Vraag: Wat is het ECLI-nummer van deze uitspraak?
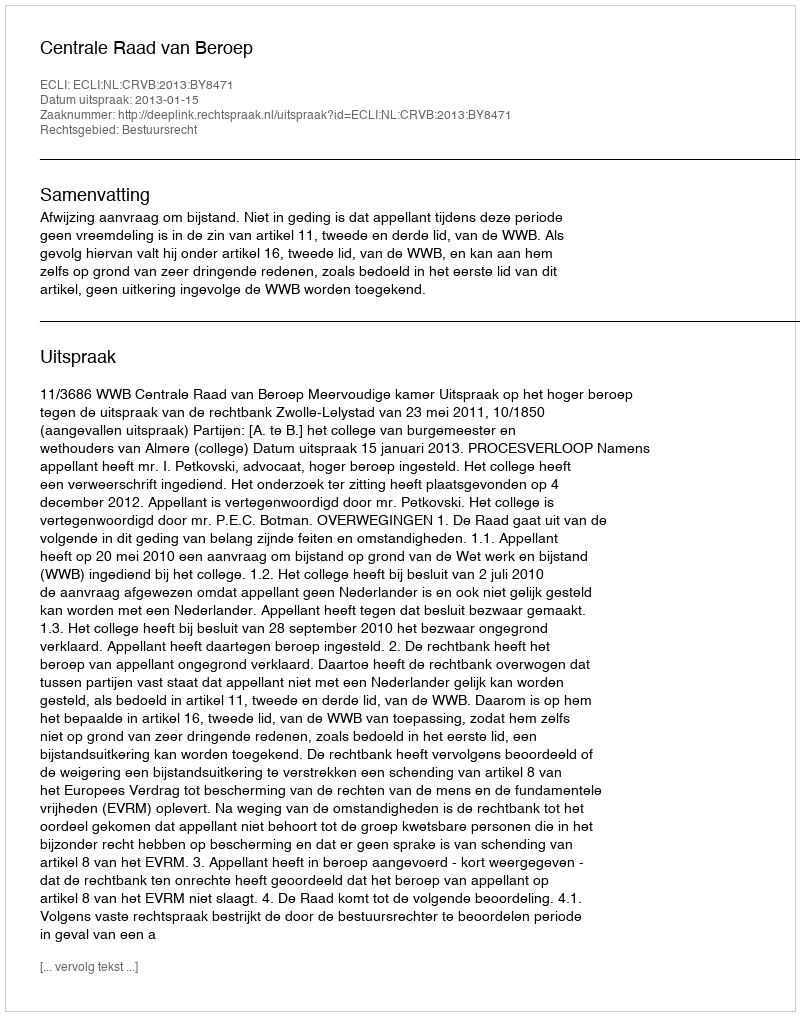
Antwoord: ECLI:NL:CRVB:2013:BY8471